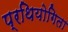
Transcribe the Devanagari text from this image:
प्रथियोगिता